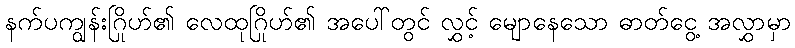
နက်ပကျွန်းဂြိုဟ်၏ လေထုဂြိုဟ်၏ အပေါ်တွင် လွှင့် မျောနေသော ဓာတ်ငွေ့ အလွှာမှာ